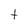
Character: t